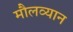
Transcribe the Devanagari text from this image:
मौलव्यान